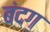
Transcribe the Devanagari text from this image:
बंदग़